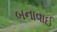
બનાવાઈ